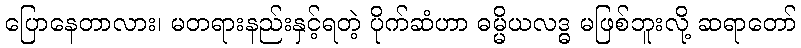
ပြောနေတာလား၊ မတရားနည်းနှင့်ရတဲ့ ပိုက်ဆံဟာ ဓမ္မိယလဒ္ဓ မဖြစ်ဘူးလို့ ဆရာတော်